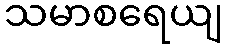
သမာစရေယျ